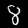
Label: 8